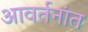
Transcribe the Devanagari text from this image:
आवर्तनांत